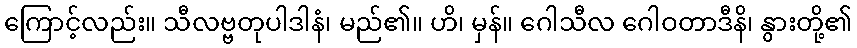
ကြောင့်လည်း။ သီလဗ္ဗတုပါဒါနံ၊ မည်၏။ ဟိ၊ မှန်။ ဂေါသီလ ဂေါဝတာဒီနိ၊ နွားတို့၏